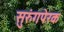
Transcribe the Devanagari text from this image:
सुरुंगपेरक